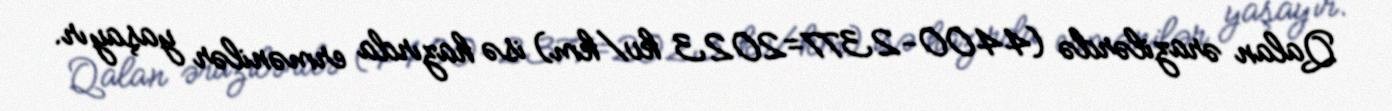
Qalan ərazilərdə (4400-2377=2023 kv/km) isə hazırda ermənilər yaşayır.